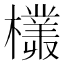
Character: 𣞞